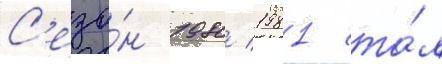
С'езо́н 1980/ 1981 ста́л